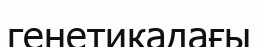
генетикадағы